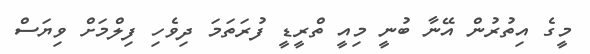
މީގެ އިތުރުން އޭނާ ބުނީ މިއީ ތްރީޑީ ފުރަތަމަ ދިވެހި ފިލްމަށް ވިޔަސް